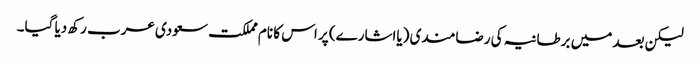
لیکن بعد میں برطانیہ کی رضامندی (یااشارے) پر اس کا نام مملکت سعودی عرب رکھ دیا گیا۔